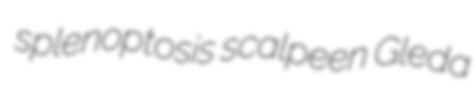
splenoptosis scalpeen Gleda